Report of the Indian Hemp Drugs Commission, 1894-1895 - Volume VII
Year: 1894
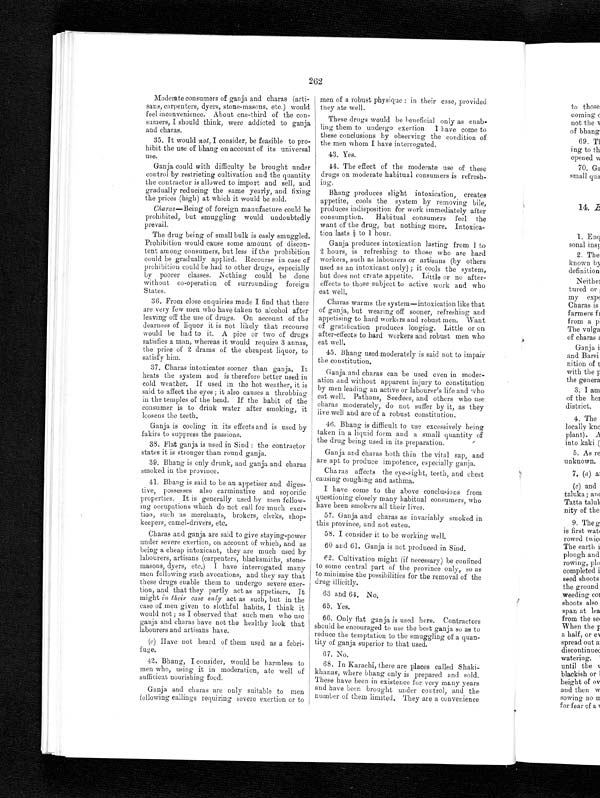
262
Moderate consumers of ganja and charas (arti-
sans, carpenters, dyers, stone-masons, etc.) would
feel inconvenience. About one-third of the con-
sumers, I should think, were addicted to ganja
and charas.
3 5 . I t w o u l d
n o t ,
I consider, be feasible to pro-
hibit the use of bhang on account of its universal
use.
Ganja could with difficulty be brought under
control by restricting cultivation and the quantity
the contractor is allowed to import and sell, and
gradually reducing the same yearly, and fixing
the prices (high) at which it would be sold.
Charas— Being of foreign manufacture could be
prohibited, but smuggling would undoubtedly
prevail.
The drug being of small bulk is easly smuggled.
Prohibition would cause some
a m o u n t o f d i s c o n - t e n t a m o n g c o n s u m e r s , b u t l e s s i f t h e p r o h i b i t i o n
could be gradually applied. Recourse in case of
prohibition could be had to other drugs, especially
by poorer classes. Nothing could be done
without co-operation of surrounding foreign
States.
3 6 . F r o m c l o s e e n q u i r i e s m a d e I f i n d t h a t t h e r e
are very few men who have taken to alcohol after
leaving off the use of drugs. On account of the
dearness of liquor it is not likely that recourse
would be had to it. A pice or two of drugs
satisfies a man, whereas it would require 3 annas,
the price of 2 drams of the cheapest liquor, to
satisfy him .
3 7 . C h a r a s i n t o x i c a t e s s o o n e r t h a n g a n j a . I t
heats the system and is therefore better used in
cold weather. If used in the hot weather, it is
said to affect the eyes; it also causes a throbbing
in the temples of the head. If the habit of the
consumer is to drink water after smoking, it
loosens the teeth.
Ganja is cooling in its effects and is used by
fakirs to suppress the passions.
3 8 . F l a t g a n j a i s u s e d i n S i n d ; t h e c o n t r a c t o r
states it is stronger than round ganja.
3 9 . B h a n g i s o n l y d r u n k , a n d g a n j a a n d c h a r a s
smoked in the province.
41. Bhang is said to be an appetiser and diges-
tive, possesses also carminative and soporific
properties. It is generally used by men follow-
ing occupations which do not call for much exer-
tion, such as merchants, brokers, clerks, shop-
keepers, camel-drivers, etc.
Charas and ganja are said to give staying-power
under severe exertion, on account of which, and as
being a cheap intoxicant, they are much used by
labourers, artisans (carpenters, blacksmiths, stone-
masons, dyers, etc.) I have interrogated many
men following such avocations, and they say that
these drugs enable them to undergo severe exer-
tion, and that they partly act as appetisers. It
might in their case only act as such, but in the
case of men given to slothful habits, I think it
would not; as I observed that such men who use
g a n j a a n d c h a r a s h a v e n o t t h e h e a l t h y l o o k t h a t
labourers and artisans have.
(c) Have not heard of them used as a febri-
fuge.
42. Bhang, I consider, would be harmless to
men who, using it in moderation, ate well of
sufficient nourishing food.
Ganja and charas are only suitable to men
following callings requiring severe exertion or to
men of a robust physique: in their case, provided
they ate well.
These drugs would be beneficial only as enab-
ling them to undergo exertion. I have come to
these conclusions by observing the condition of
the men whom I have interrogated.
43. Yes.
44. The effect of the moderate use of these
drugs on moderate habitual consumers is refresh--
ing.
Bhang produces slight intoxication, creates
appetite, cools the system by removing bile,
produces indisposition for work immediately after
consumption. Habitual consumers feel the
want of the drug, but nothing more. Intoxica-
tion lasts ½ to 1 hour.
Ganja produces intoxication lasting fr
o m 1 t o
2 h o u r s ,
i s r e f r e s h i n g t o t h o s e w h o a r e h a r d
workers, such as labourers or artisans (by others
used as an intoxicant only); it cools the system,
but does not create appetite. Little or no after-
effects to those subject to active work and who
eat well.
Charas warms the system—intoxication like that
of ganja, but wearing off sooner, refreshing and
appetising to hard workers and robust men. Want
of gratification produces longing. Little or on
after-effects to hard workers and robust men who
eat well.
45. Bhang used moderately is said not to impair
the constitution.
Ganja and charas can be used even in moder-
ation and without apparent injury to constitution
by men leading an active or labourer's life and who
eat well. Pathans, Seedees, and others who use
charas moderately, do not suffer by it, as they
live well and are of a robust constitution.
46. Bhang is difficult to use excessively being
taken in a liquid form and a small quantity of
the drug being used in its preparation.
Ganja and charas both thin the vital sap, and
are apt to produce impotence, especially ganja.
Charas affects the eye-sight, teeth, and chest
causing coughing and asthma.
I have come to the above conclusions from
questioning closely many habitual consumers, who
have been smokers all their lives.
57. Ganja and charas as invariably smoked in
this province, and not eaten.
58. I consider it to be working well.
60 and 61. Ganja is not produced in Sind.
62. Cultivation might (if necessary) be confined
to some central part of the province only, so as
to minimise the possibilities for the removal of the
drug illicitly.
63 and 64. No.
65. Yes.
6 6 . O n l y f l a t g a n j a i s u s e d h e r e . C o n t r a c t o r s
should be encouraged to use the best ganja so as to
reduce the temptation to the smuggling of a quan-
-tity of ganja superior to that used.
67. No.
68. In Karachi, there are places called Shaki-
- k h a n a s , w h e r e b h a n g o n l y i s p r e p a r e d a n d s o l d .
These have been in existence for very many years
and have been brought under control, and the
number of them limited. They are a convenience